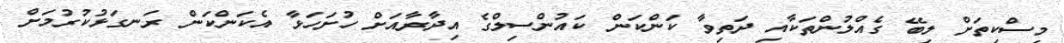
މިސްކިތަށް ލިބޭ ގެއްލުންތަކާއި ދަތިވާ ކަންކަން ކައުންސިލްގެ އިދާރާއަށް ހުށަހަޅާ އެކަންކަން ރަނގަޅުކުރުމަށް